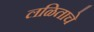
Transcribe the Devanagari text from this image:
लळिताचे